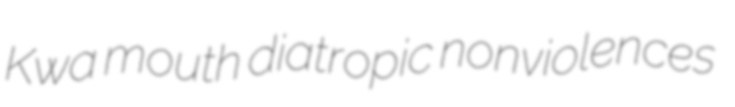
Kwa mouth diatropic nonviolences